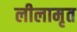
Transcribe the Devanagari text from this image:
लीलामृत